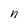
Character: n